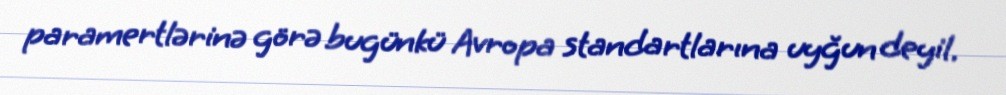
paramertlərinə görə bugünkü Avropa standartlarına uyğun deyil.